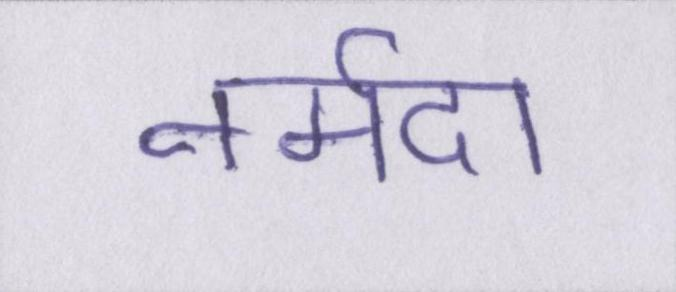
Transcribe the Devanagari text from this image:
नर्मदा